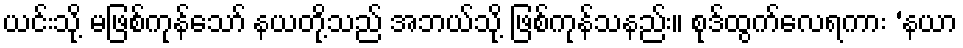
ယင်းသို့ မဖြစ်ကုန်သော် နယတို့သည် အဘယ်သို့ ဖြစ်ကုန်သနည်း။ စုဒ်ထွက်လေရကား ‘နယာ